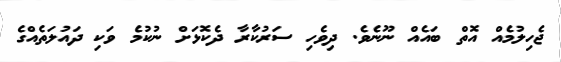
ޖެހިލުމެއް އޮތް ބައެއް ނޫނެވެ. ދިވެހި ސަރުކާރާ ދެކޮޅަށް ނުކުމެ ވަކި ދައުލަތެއްގެ